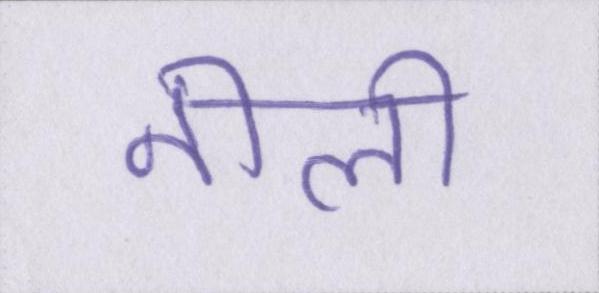
नीली